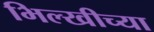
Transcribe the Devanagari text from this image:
भिल्खीच्या